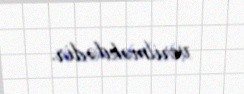
verilməkdədir.